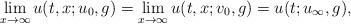
LaTeX: \begin{align*}\lim_{x\to\infty}u(t,x;u_0,g)=\lim_{x\to\infty}u(t,x;v_0,g)=u(t;u_\infty,g),\end{align*}